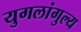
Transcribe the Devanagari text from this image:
युगलांगुल्य